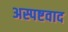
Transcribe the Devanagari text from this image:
अस्पष्टवाद